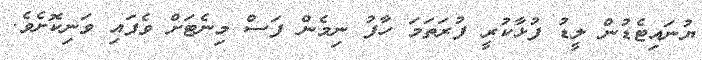
ޔުނައިޓެޑުން ލީޑު ފުޅާކުރީ ފުރަތަމަ ހާފު ނިމެން ފަސް މިނެޓަށް ވެފައި ވަނިކޮށެވެ.